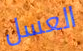
العسل